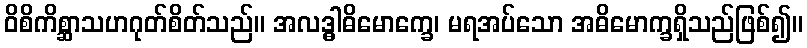
ဝိစိကိစ္ဆာသဟဂုတ်စိတ်သည်။ အလဒ္ဓါဓိမောက္ခေ၊ မရအပ်သော အဓိမောက္ခရှိသည်ဖြစ်၍။